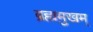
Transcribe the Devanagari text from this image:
ब्रह्ममुखम्